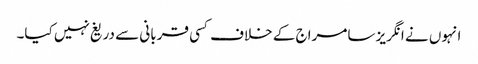
انہوں نے انگریز سامراج کے خلاف کسی قربانی سے دریغ نہیں کیا۔